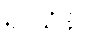
ရုပ်သံဖိုင်